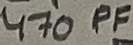
Text: 470PF